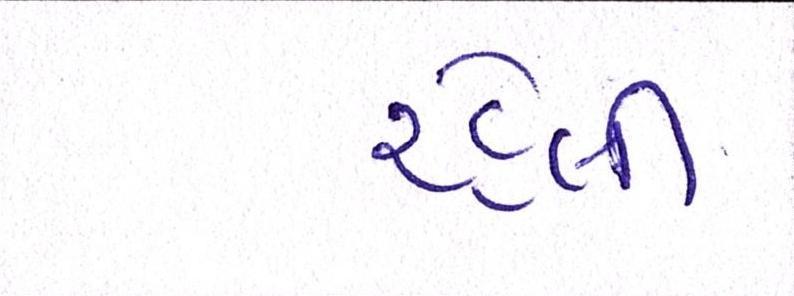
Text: રહેલી